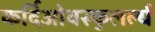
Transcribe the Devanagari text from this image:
कर्दिओवस्कुलर्ल्य